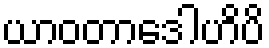
ယာဝတာဒေါဟိပိ